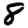
Digit: 8